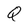
Character: Q